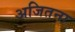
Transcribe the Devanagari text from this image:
अजितना